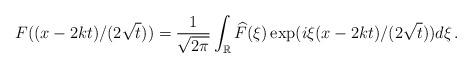
LaTeX: \begin{align*}F((x-2k t)/(2\sqrt t))=\frac{1}{\sqrt{2\pi}}\int_{\mathbb{R}}\widehat F(\xi)\exp(i\xi (x-2k t)/(2\sqrt t))d\xi\,.\end{align*}